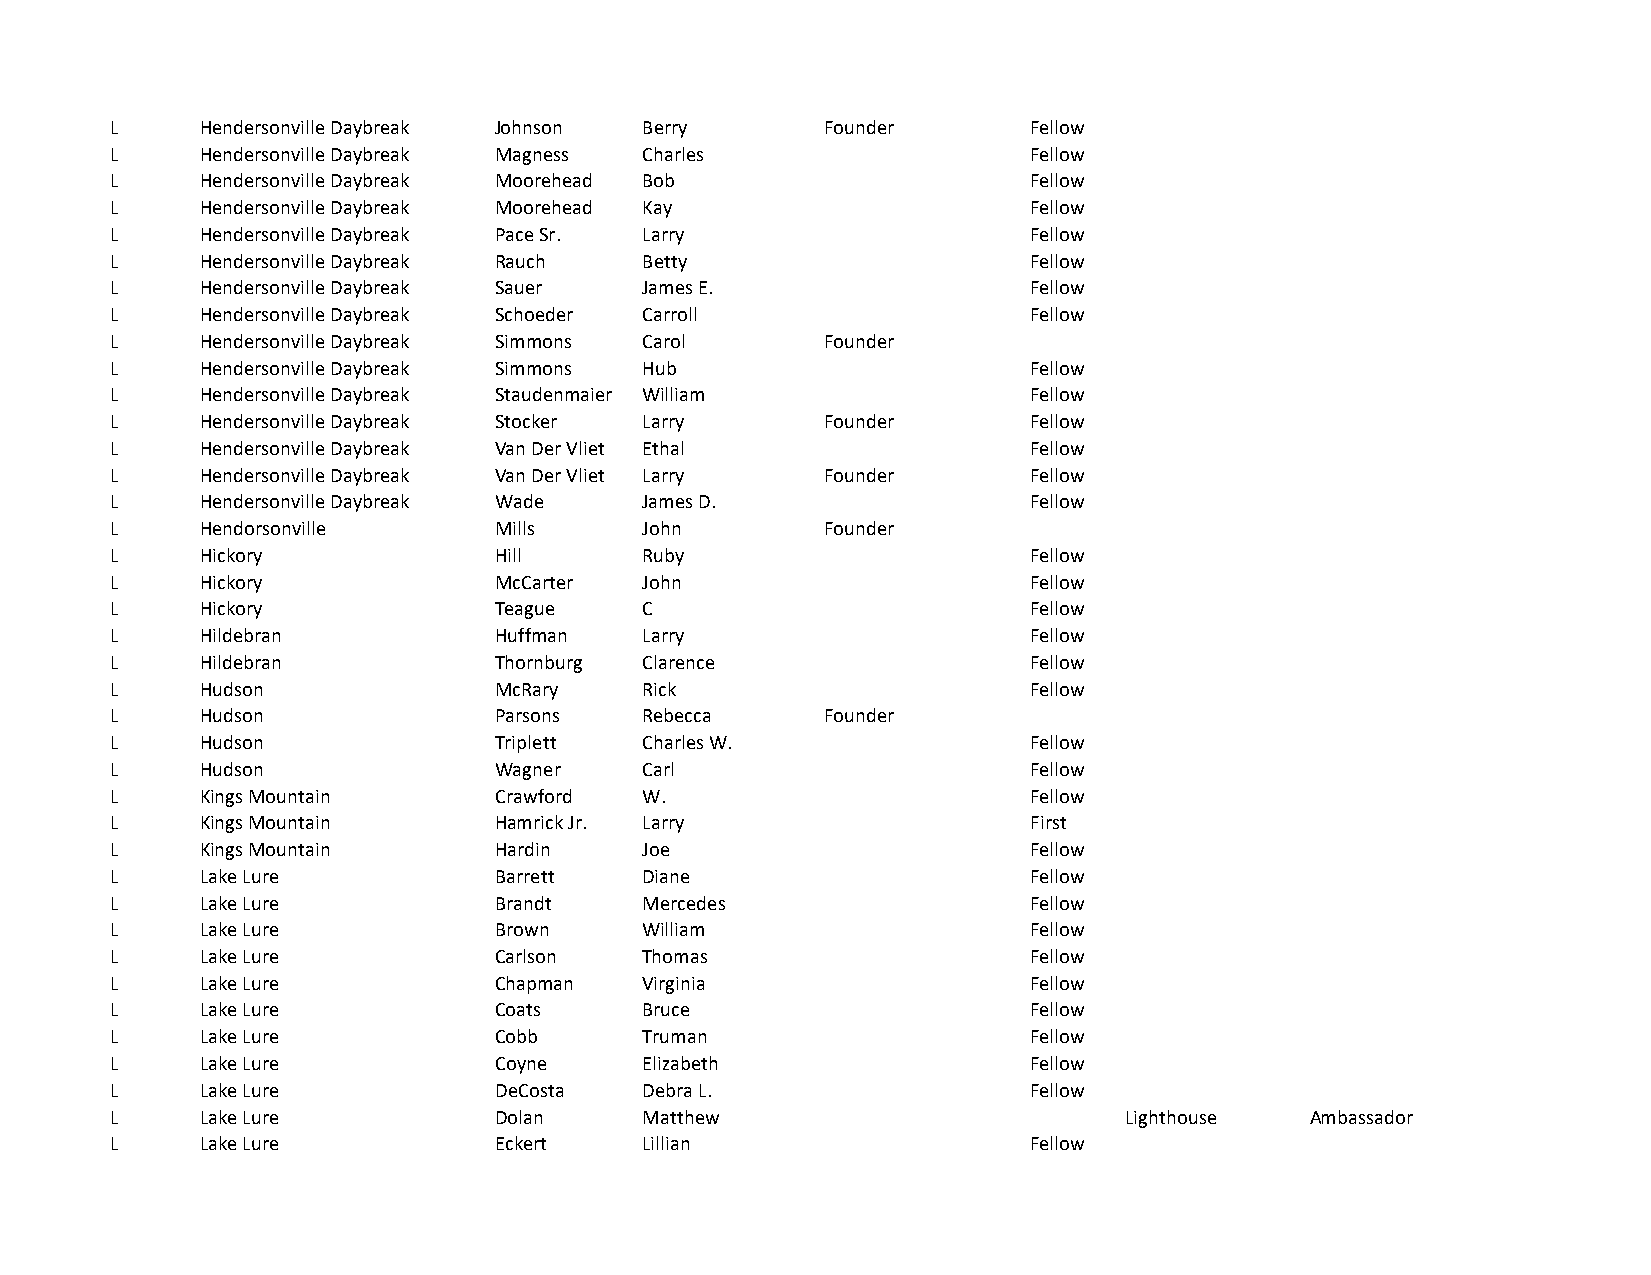
L     Hendersonville Daybreak Johnson Berry     Founder      Fellow
 L     Hendersonville Daybreak Magness Charles                Fellow
 L     Hendersonville Daybreak Moorehead Bob                  Fellow
 L     Hendersonville Daybreak Moorehead Kay                  Fellow
 L     Hendersonville Daybreak Pace Sr. Larry                 Fellow
 L     Hendersonville Daybreak Rauch Betty                    Fellow
 L     Hendersonville Daybreak Sauer James E.                 Fellow
 L     Hendersonville Daybreak Schoeder Carroll               Fellow
 L     Hendersonville Daybreak Simmons Carol     Founder
 L     Hendersonville Daybreak Simmons Hub                    Fellow
 L     Hendersonville Daybreak Staudenmaier William           Fellow
 L     Hendersonville Daybreak Stocker Larry     Founder      Fellow
 L     Hendersonville Daybreak Van Der Vliet Ethal            Fellow
 L     Hendersonville Daybreak Van Der Vliet Larry Founder    Fellow
 L     Hendersonville Daybreak Wade  James D.                 Fellow
 L     Hendorsonville      Mills     John        Founder
 L     Hickory             Hill      Ruby                     Fellow
 L     Hickory             McCarter  John                     Fellow
 L     Hickory             Teague    C                        Fellow
 L     Hildebran           Huffman   Larry                    Fellow
 L     Hildebran           Thornburg Clarence                 Fellow
 L     Hudson              McRary    Rick                     Fellow
 L     Hudson              Parsons   Rebecca     Founder
 L     Hudson              Triplett  Charles W.               Fellow
 L     Hudson              Wagner    Carl                     Fellow
 L     Kings Mountain      Crawford  W.                       Fellow
 L     Kings Mountain      Hamrick Jr. Larry                  First
 L     Kings Mountain      Hardin    Joe                      Fellow
 L     Lake Lure           Barrett   Diane                    Fellow
 L     Lake Lure           Brandt    Mercedes                 Fellow
 L     Lake Lure           Brown     William                  Fellow
 L     Lake Lure           Carlson   Thomas                   Fellow
 L     Lake Lure           Chapman   Virginia                 Fellow
 L     Lake Lure           Coats     Bruce                    Fellow
 L     Lake Lure           Cobb      Truman                   Fellow
 L     Lake Lure           Coyne     Elizabeth                Fellow
 L     Lake Lure           DeCosta   Debra L.                 Fellow
 L     Lake Lure           Dolan     Matthew                        Lighthouse   Ambassador
 L     Lake Lure           Eckert    Lillian                  Fellow